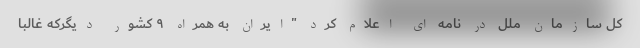
کل سازمان ملل در نامه ای اعلام کرد "ایران به همراه ۹ کشور دیگركه غالبا